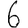
Digit: 6